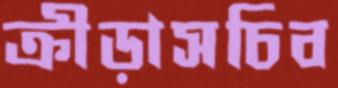
ক্রীড়াসচিব